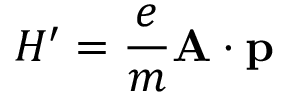
H ^ { \prime } = { \frac { e } { m } } \mathbf { A } \cdot \mathbf { p }